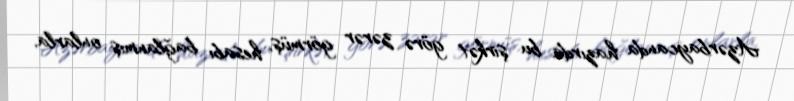
Azərbaycanda hazırda bu şirkət görə zərər görmüş, hesabı bağlanmış onlarla,